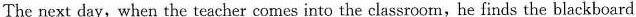
The next day,when the teacher comes into the classroorn,he finds the blackboard